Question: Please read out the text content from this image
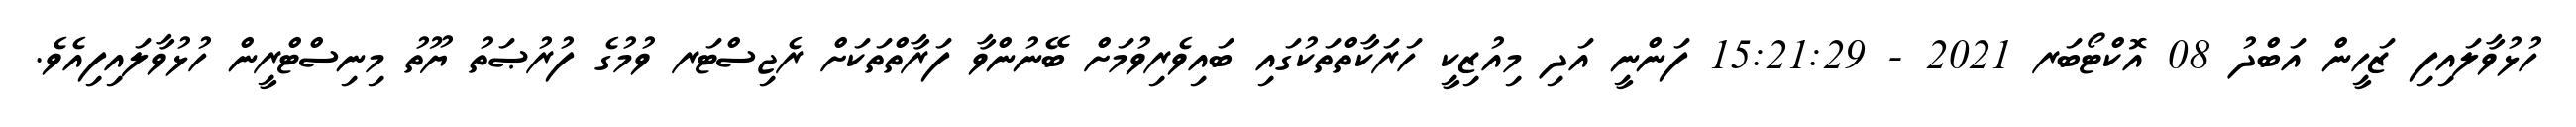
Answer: ހުޅުވާލައިފި ޒަހީން އަބްދު 08 އޮކްޓޯބަރ 2021 - 15:21:29 ފަންނީ އަދި މިއުޒިކީ ހަރަކާތްތަކުގައި ބައިވެރިވުމަށް ބޭނުންވާ ފަރާތްތަކަށް ރެޖިސްޓަރ ވުމުގެ ފުރުޞަތު ޔޫތު މިނިސްޓްރީން ހުޅުވާލައިފިއެވެ.